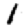
Digit: 1